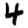
Digit: 4